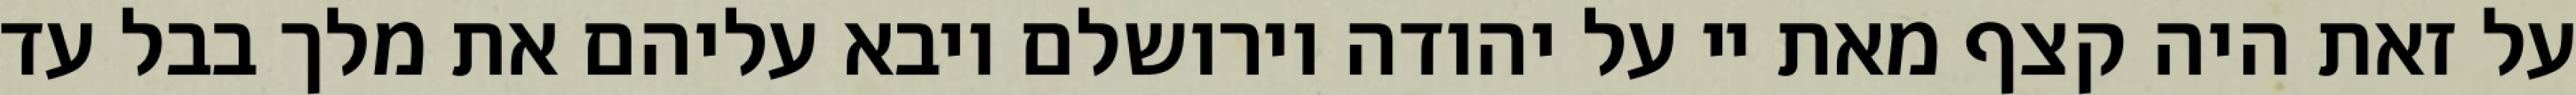
על זאת היה קצף מאת יי על יהודה וירושלם ויבא עליהם את מלך בבל עד